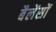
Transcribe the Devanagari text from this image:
बैलेंसों